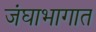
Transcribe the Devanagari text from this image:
जंघाभागात